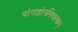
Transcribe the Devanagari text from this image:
योगाद्रोगनिवारणम्